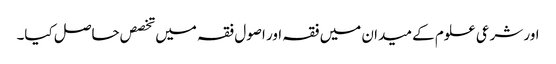
اور شرعی علوم کے میدان میں فقہ اور اصول فقہ میں تخصص حاصل کیا۔